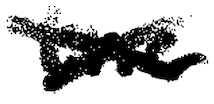
Text: the
Cross-out: cross
Writing tool: digital_black